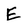
Character: E